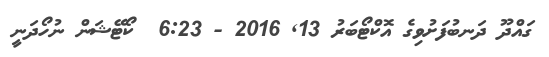
ގައްދޫ ދަނބުފަށުވިގެ އޮކްޓޯބަރު 13